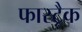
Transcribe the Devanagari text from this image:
फास्ट्रैक